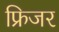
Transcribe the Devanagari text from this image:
फ्रिजर